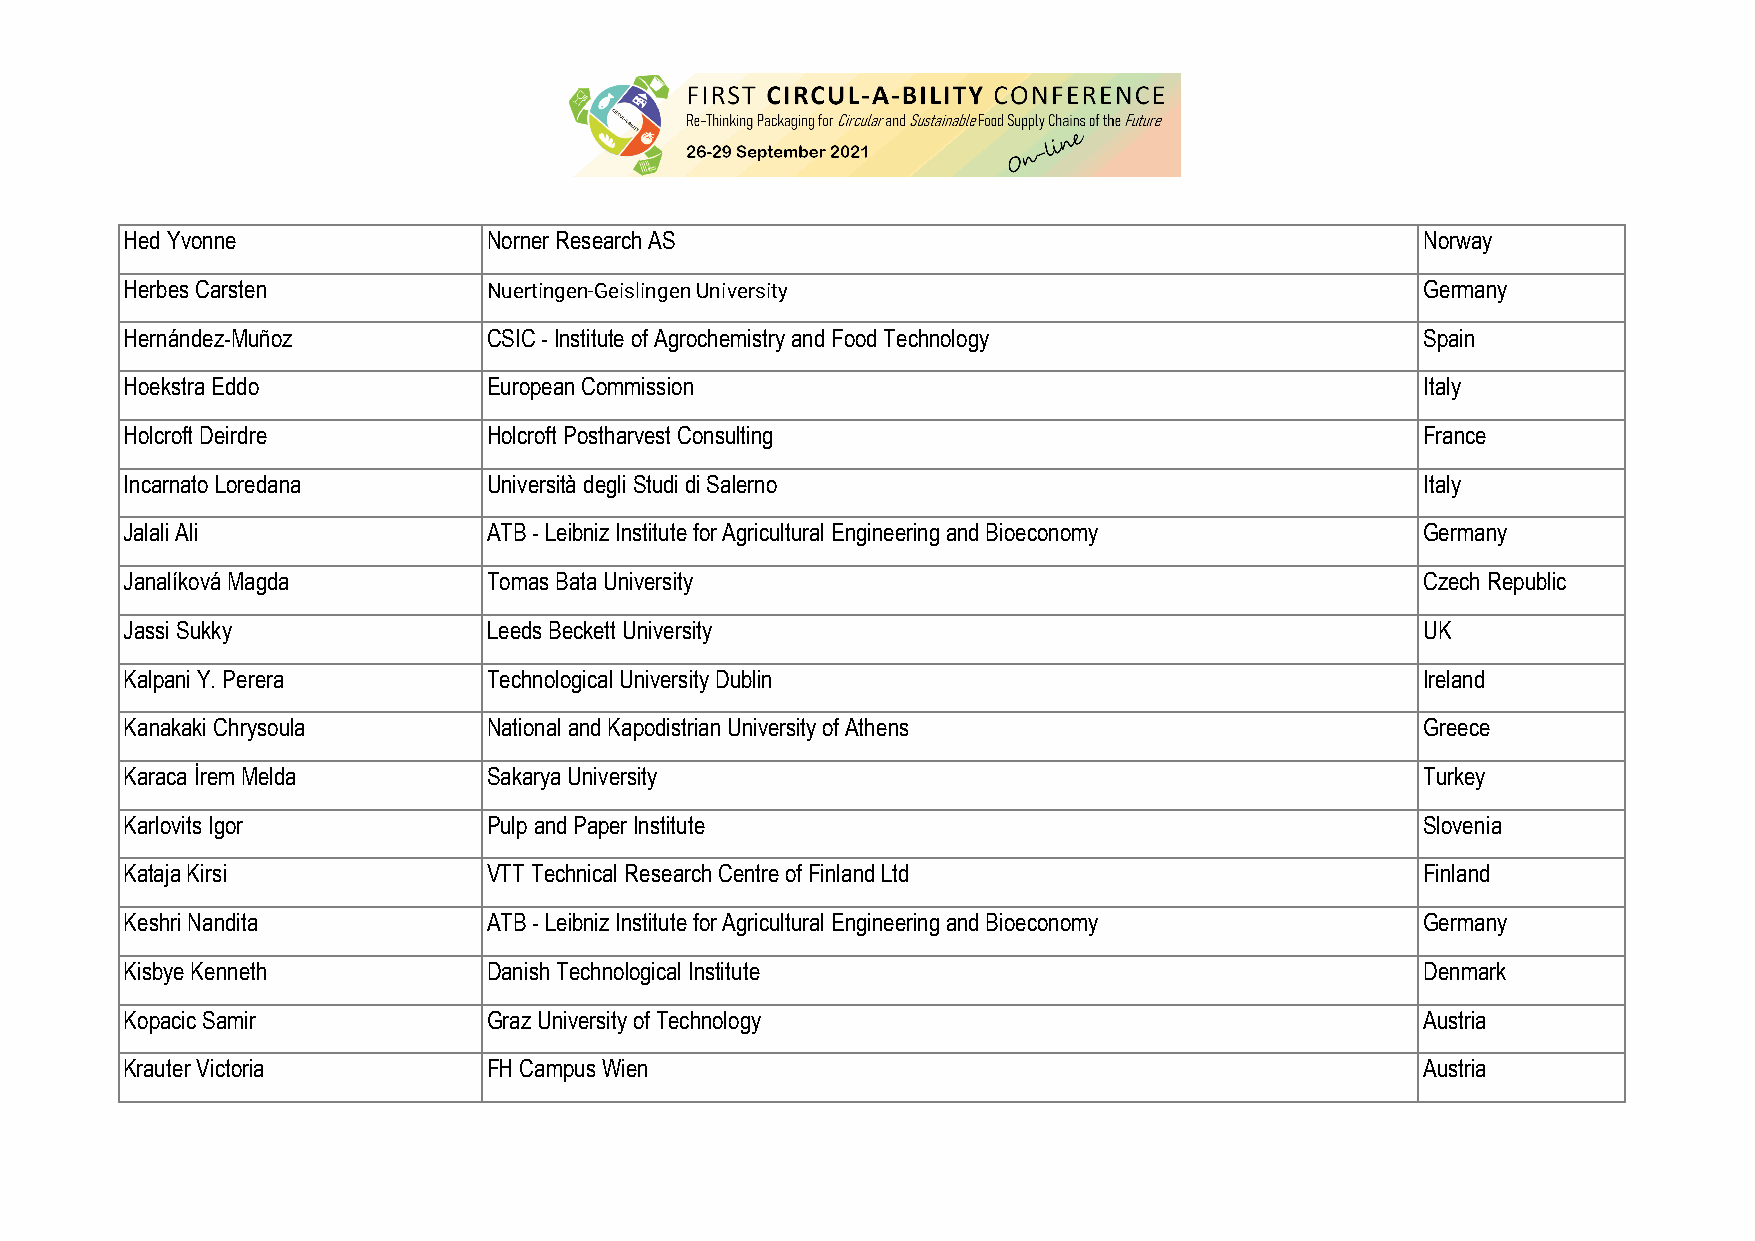
Hed Yvonne              Norner Research AS                                            Norway
 Herbes Carsten          Nuertingen-Geislingen University                              Germany
 Hernández-Muñoz         CSIC - Institute of Agrochemistry and Food Technology         Spain
 Hoekstra Eddo           European Commission                                           Italy
 Holcroft Deirdre        Holcroft Postharvest Consulting                               France
 Incarnato Loredana      Università degli Studi di Salerno                             Italy
 Jalali Ali              ATB - Leibniz Institute for Agricultural Engineering and Bioeconomy Germany
 Janalíková Magda        Tomas Bata University                                         Czech Republic
 Jassi Sukky             Leeds Beckett University                                      UK
 Kalpani Y. Perera       Technological University Dublin                               Ireland
 Kanakaki Chrysoula      National and Kapodistrian University of Athens                Greece
 Karaca İrem Melda       Sakarya University                                            Turkey
 Karlovits Igor          Pulp and Paper Institute                                      Slovenia
 Kataja Kirsi            VTT Technical Research Centre of Finland Ltd                  Finland
 Keshri Nandita          ATB - Leibniz Institute for Agricultural Engineering and Bioeconomy Germany
 Kisbye Kenneth          Danish Technological Institute                                Denmark
 Kopacic Samir           Graz University of Technology                                 Austria
 Krauter Victoria        FH Campus Wien                                                Austria